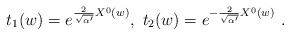
LaTeX: \begin{align*}t_1(w)=e^{\frac{2}{\sqrt{\alpha'}}X^0(w)} , \ t_2(w)=e^{-\frac{2}{\sqrt{\alpha'}}X^0(w)} \ .\end{align*}